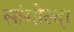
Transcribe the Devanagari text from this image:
सांगोल्दा